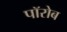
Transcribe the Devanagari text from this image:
पॉरोब